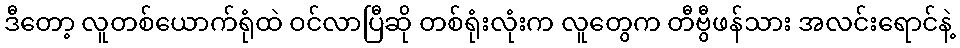
ဒီတော့ လူတစ်ယောက်ရုံထဲ ဝင်လာပြီဆို တစ်ရုံးလုံးက လူတွေက တီဗွီဖန်သား အလင်းရောင်နဲ့